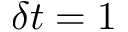
\delta t = 1